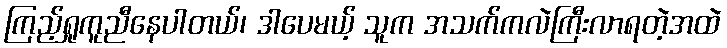
ကြည့်ရှုကူညီနေပါတယ်၊ ဒါပေမယ့် သူက အသက်ကလဲကြီးလာရတဲ့အထဲ